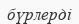
бүрлерді